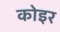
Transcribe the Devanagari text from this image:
कोइर